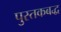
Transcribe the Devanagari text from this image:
पुस्तकबद्ध